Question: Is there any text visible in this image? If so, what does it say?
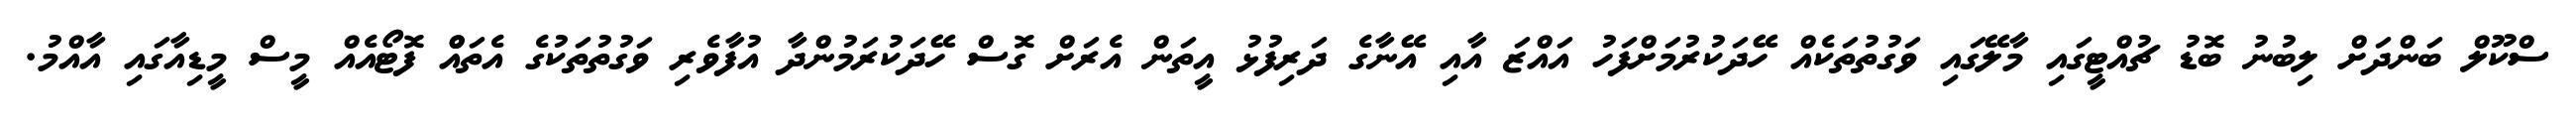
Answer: ސްކޫލް ބަންދަށް ލިބުނު ބޮޑު ޗުއްޓީގައި މާލޭގައި ވަގުތުތަކެއް ހޭދަކުރުމަށްފަހު އައްޒަ އާއި އޭނާގެ ދަރިފުޅު އީތަން އެރަށް ގޮސް ހޭދަކުރަމުންދާ އުފާވެރި ވަގުތުތަކުގެ އެތައްް ފޮޓޯއެއް މީސް މީޑިއާގައި އާއްމު.